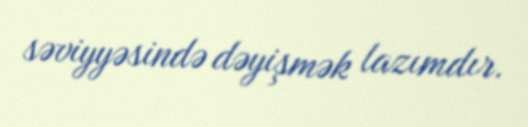
səviyyəsində dəyişmək lazımdır.